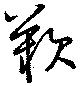
歎